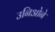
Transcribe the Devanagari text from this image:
उनिओने